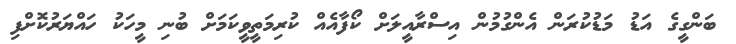
ބަންގީގެ އަޑު މަޑުކުރަން އެންގުމުން އިސްރާއީލަށް ކޯފާއެއް ކުރިމަތީވީކަމަށް ބުނި މީހަކު ހައްޔަރުކޮށްފި